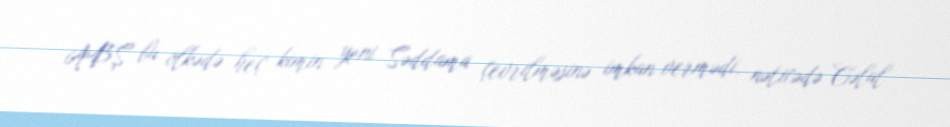
ABŞ bu ölkədə heç kimin yeni Səddama çevrilməsinə imkan vermədi, nəticədə Cəlal